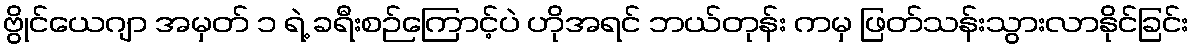
ဗွိုင်ယေဂျာ အမှတ် ၁ ရဲ့ ခရီးစဉ်ကြောင့်ပဲ ဟိုအရင် ဘယ်တုန်း ကမှ ဖြတ်သန်းသွားလာနိုင်ခြင်း